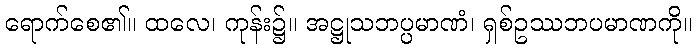
ရောက်စေ၏။ ထလေ၊ ကုန်း၌။ အဋ္ဌုသဘပ္ပမာဏံ၊ ရှစ်ဥဿဘပမာဏကို။